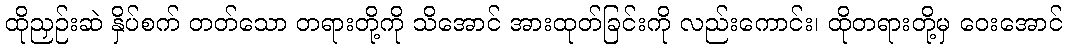
ထိုညှဉ်းဆဲ နှိပ်စက် တတ်သော တရားတို့ကို သိအောင် အားထုတ်ခြင်းကို လည်းကောင်း၊ ထိုတရားတို့မှ ဝေးအောင်